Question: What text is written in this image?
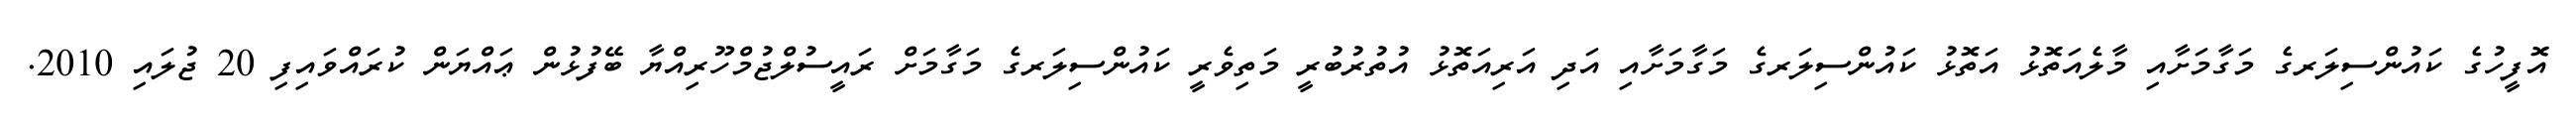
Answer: އޮފީހުގެ ކައުންސިލަރގެ މަގާމަށާއި މާލެއަތޮޅު އަތޮޅު ކައުންސިލަރގެ މަގާމަށާއި އަދި އަރިއަތޮޅު އުތުރުބުރީ މަތިވެރީ ކައުންސިލަރގެ މަގާމަށް ރައީސުލްޖުމްހޫރިއްޔާ ބޭފުޅުން ޢައްޔަން ކުރައްވައިފި 20 ޖުލައި 2010.